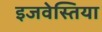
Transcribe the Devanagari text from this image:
इजवेस्तिया